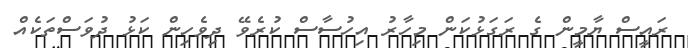
ރައީސް ޔާމީން ގެ ރަގަޅުކަން މިހާރު އިހުސާސް ކުރެވޭ ދިވެހިން ކަޅު ދުވަސްތަކެއް